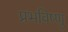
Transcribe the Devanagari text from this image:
प्रभविष्णु